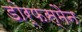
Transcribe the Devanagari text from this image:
डोर्फस्मैन